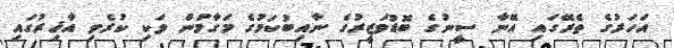
އަހަރުގެ ތެރޭގައި އޭނާ ސީނުގެ ބޮޑުވަޒީރުގެ ނާއިބުކަމުގެ މަގާމުން ވަކި ކުރެވި އާޚިރުގައި